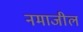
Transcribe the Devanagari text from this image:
नमाजील